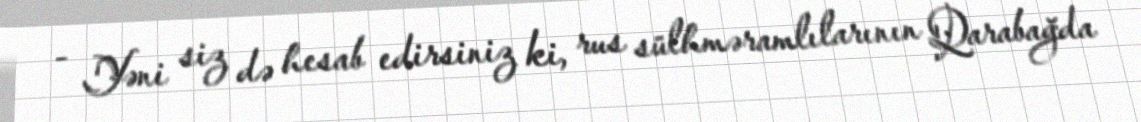
- Yəni siz də hesab edirsiniz ki, rus sülhməramlılarının Qarabağda